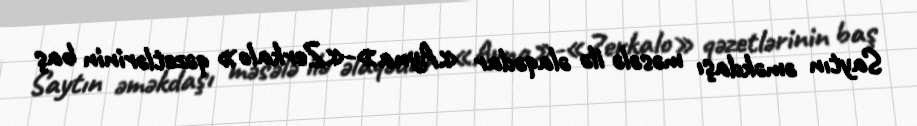
Saytın əməkdaşı məsələ ilə əlaqədar «Ayna»-«Zerkalo» qəzetlərinin baş